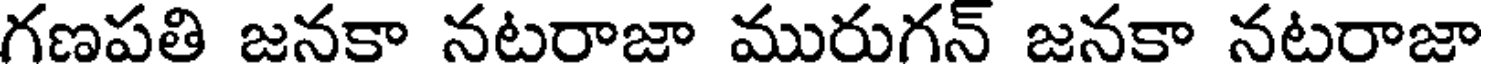
గణపతి జనకా నటరాజా మురుగన్ జనకా నటరాజా